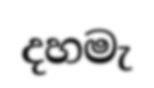
දහමැ